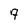
Character: 7